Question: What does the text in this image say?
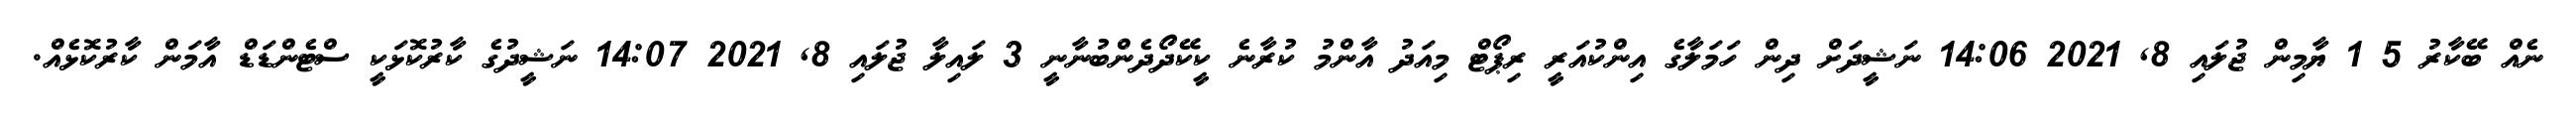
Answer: ނެއް ބޭކާރު 5 1 ޔާމިން ޖުލައި 8, 2021 14:06 ނަޝީދަށް ދިން ހަމަލާގެ އިންކުއަރީ ރިޕޯޓް މިއަދު އާންމު ކުރާނެ ކީކޭދޯދެންބުނާނީ 3 ލައިލާ ޖުލައި 8, 2021 14:07 ނަޝީދުގެ ކާރުކޮޅަކީ ސްޓެންޑަޑް އާމަން ކާރުކޮޅެއް.